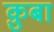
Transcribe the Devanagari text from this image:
क़ुबा